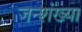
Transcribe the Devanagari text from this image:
जन्शंख्या